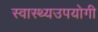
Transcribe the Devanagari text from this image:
स्वास्थ्यउपयोगी